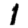
Digit: 1